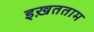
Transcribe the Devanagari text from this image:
इख़तताम